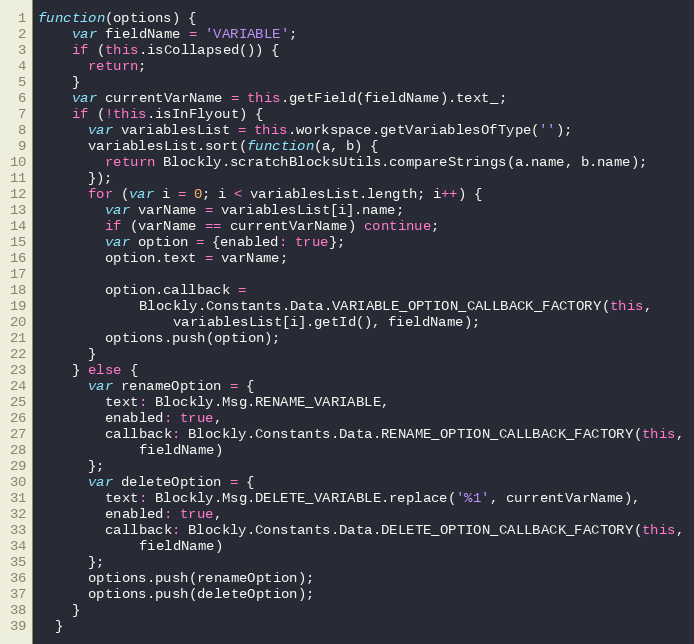
Language: JavaScript
function(options) {
    var fieldName = 'VARIABLE';
    if (this.isCollapsed()) {
      return;
    }
    var currentVarName = this.getField(fieldName).text_;
    if (!this.isInFlyout) {
      var variablesList = this.workspace.getVariablesOfType('');
      variablesList.sort(function(a, b) {
        return Blockly.scratchBlocksUtils.compareStrings(a.name, b.name);
      });
      for (var i = 0; i < variablesList.length; i++) {
        var varName = variablesList[i].name;
        if (varName == currentVarName) continue;
        var option = {enabled: true};
        option.text = varName;

        option.callback =
            Blockly.Constants.Data.VARIABLE_OPTION_CALLBACK_FACTORY(this,
                variablesList[i].getId(), fieldName);
        options.push(option);
      }
    } else {
      var renameOption = {
        text: Blockly.Msg.RENAME_VARIABLE,
        enabled: true,
        callback: Blockly.Constants.Data.RENAME_OPTION_CALLBACK_FACTORY(this,
            fieldName)
      };
      var deleteOption = {
        text: Blockly.Msg.DELETE_VARIABLE.replace('%1', currentVarName),
        enabled: true,
        callback: Blockly.Constants.Data.DELETE_OPTION_CALLBACK_FACTORY(this,
            fieldName)
      };
      options.push(renameOption);
      options.push(deleteOption);
    }
  }